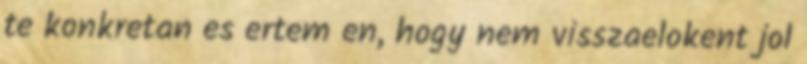
te konkretan es ertem en, hogy nem visszaelokent jol